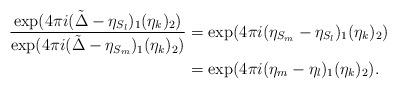
LaTeX: \begin{align*}\frac{\exp(4 \pi i (\tilde{\Delta}-\eta_{S_l})_1(\eta_k)_2)}{\exp(4 \pi i (\tilde{\Delta}-\eta_{S_m})_1(\eta_k)_2)} & = \exp(4 \pi i (\eta_{S_m}-\eta_{S_l})_1(\eta_k)_2)\\ & = \exp(4 \pi i (\eta_{m}-\eta_{l})_1(\eta_k)_2).\end{align*}